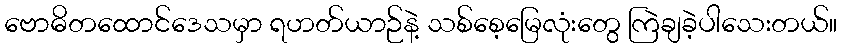
ဗောဓိတထောင်ဒေသမှာ ရဟတ်ယာဉ်နဲ့ သစ်စေ့မြေလုံးတွေ ကြဲချခဲ့ပါသေးတယ်။